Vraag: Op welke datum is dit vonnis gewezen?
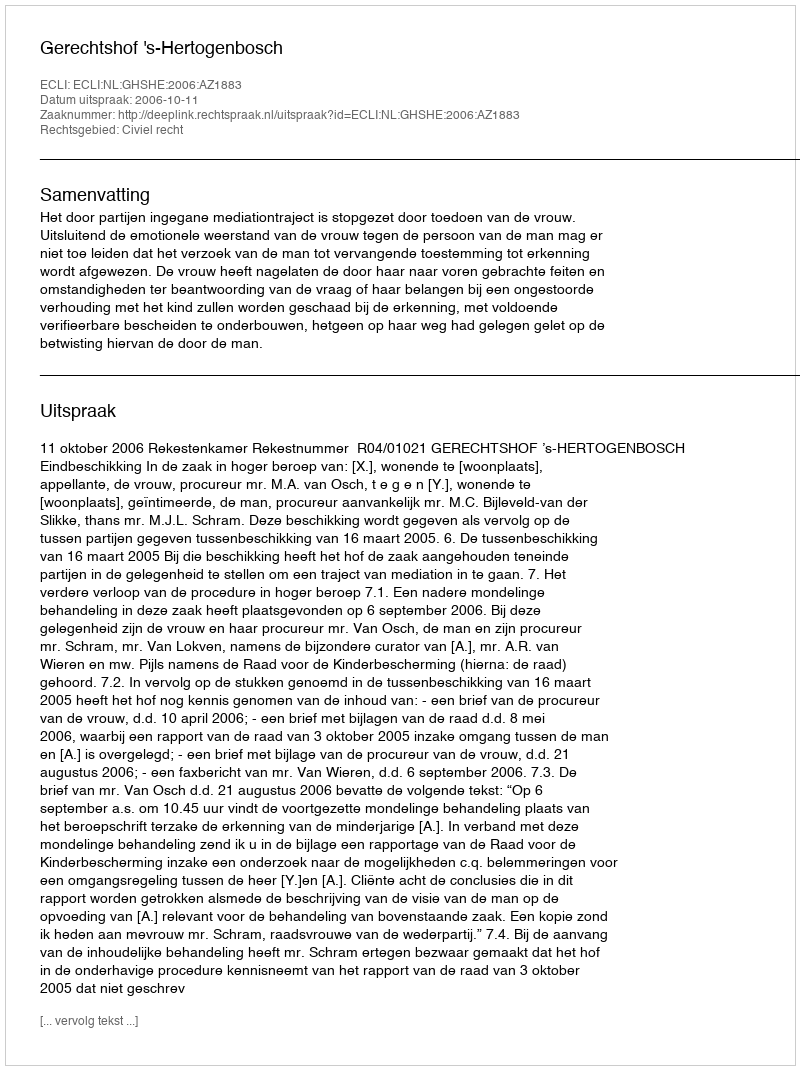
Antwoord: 2006-10-11